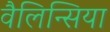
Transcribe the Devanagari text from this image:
वैलिन्सिया